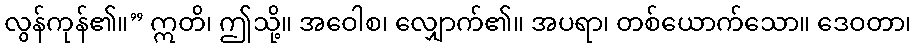
လွန်ကုန်၏။” ဣတိ၊ ဤသို့။ အဝေါစ၊ လျှောက်၏။ အပရာ၊ တစ်ယောက်သော။ ဒေဝတာ၊